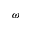
\omega